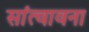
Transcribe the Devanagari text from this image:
सांत्वावना